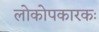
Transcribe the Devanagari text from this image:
लोकोपकारकः